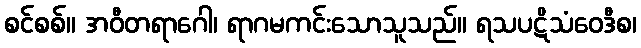
စင်စစ်။ အဝီတရာဂေါ၊ ရာဂမကင်းသောသူသည်။ ရသပဋိသံဝေဒီစ၊